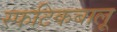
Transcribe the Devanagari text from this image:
स्फटिकबालू